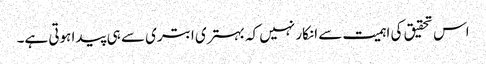
اس تحقیق کی اہمیت سے انکار نہیں کہ بہتری ابتری سے ہی پیدا ہوتی ہے۔